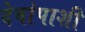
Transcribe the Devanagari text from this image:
देवांपाशी